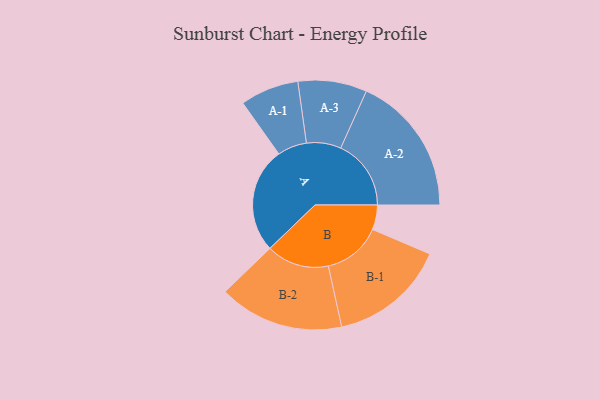
{"axis": {"x": "Segment", "y": "Value"}, "legend": ["", "A", "B"], "data": [{"x": "A", "y": 432, "type": ""}, {"x": "B", "y": 101, "type": ""}, {"x": "A-1", "y": 120, "type": "A"}, {"x": "A-2", "y": 288, "type": "A"}, {"x": "A-3", "y": 141, "type": "A"}, {"x": "B-1", "y": 239, "type": "B"}, {"x": "B-2", "y": 256, "type": "B"}]}